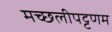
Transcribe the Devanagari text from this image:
मच्‍छलीपट्टणम